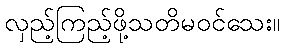
လှည့်ကြည့်ဖို့သတိမဝင်သေး။